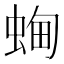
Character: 蜔